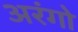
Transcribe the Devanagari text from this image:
अरंगो